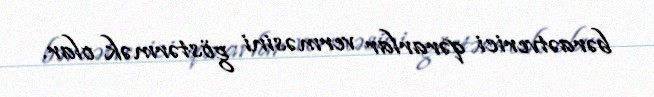
bəraətverici qərarlar verməsini göstərmək olar.